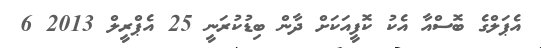
އެޕަލްގެ ބޮސްއާ އެކު ކޮފީއަކަށް ދާން ބިޑުކުރަނީ 25 އެޕްރީލް 2013 6